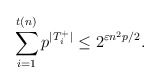
\begin{align*}\sum_{i=1}^{t(n)} p^{|T_i^+|} \le 2^{\varepsilon n^2 p / 2}.\end{align*}